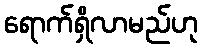
ရောက်ရှိလာမည်ဟု